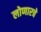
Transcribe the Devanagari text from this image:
लोणारचे